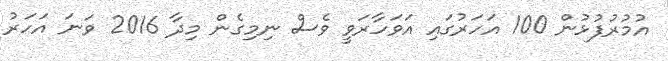
އުމުރުފުޅުން 100 އަހަރުގައި އަވަހާރަވީ ވެސް ނިމިގެން މިދާ 2016 ވަނަ އަހަރު